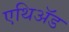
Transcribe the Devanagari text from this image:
एथिॲड